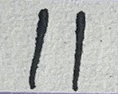
11